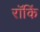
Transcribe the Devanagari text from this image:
रॉकिं